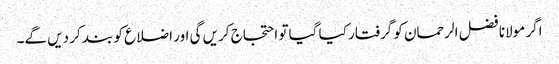
اگر مولانا فضل الرحمان کو گرفتار کیا گیا تو احتجاج کریں گی اور اضلاع کو بند کر دیں گے۔